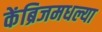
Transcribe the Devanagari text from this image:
केंब्रिजमधल्या